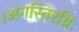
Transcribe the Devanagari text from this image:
।अगस्तिरग्निः